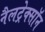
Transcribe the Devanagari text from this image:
नैलट्रेक्सॉन